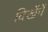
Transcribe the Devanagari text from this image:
दिखेंगें